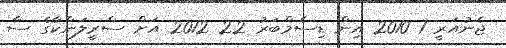
ޖެނުއަރީ 1 2010 އިން ޑިސެމްބަރު 22 2012 އަށް ސްރީލަންކާގެ ސާ